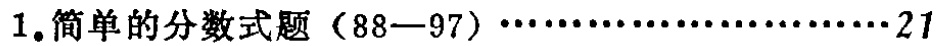
1.简单的分数式题（88—97）\(\cdots\cdots\cdots\cdots\cdots\cdots\cdots\cdots21\)